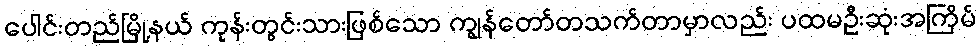
ပေါင်းတည်မြို့နယ် ကုန်းတွင်းသားဖြစ်သော ကျွန်တော်တသက်တာမှာလည်း ပထမဦးဆုံးအကြိမ်